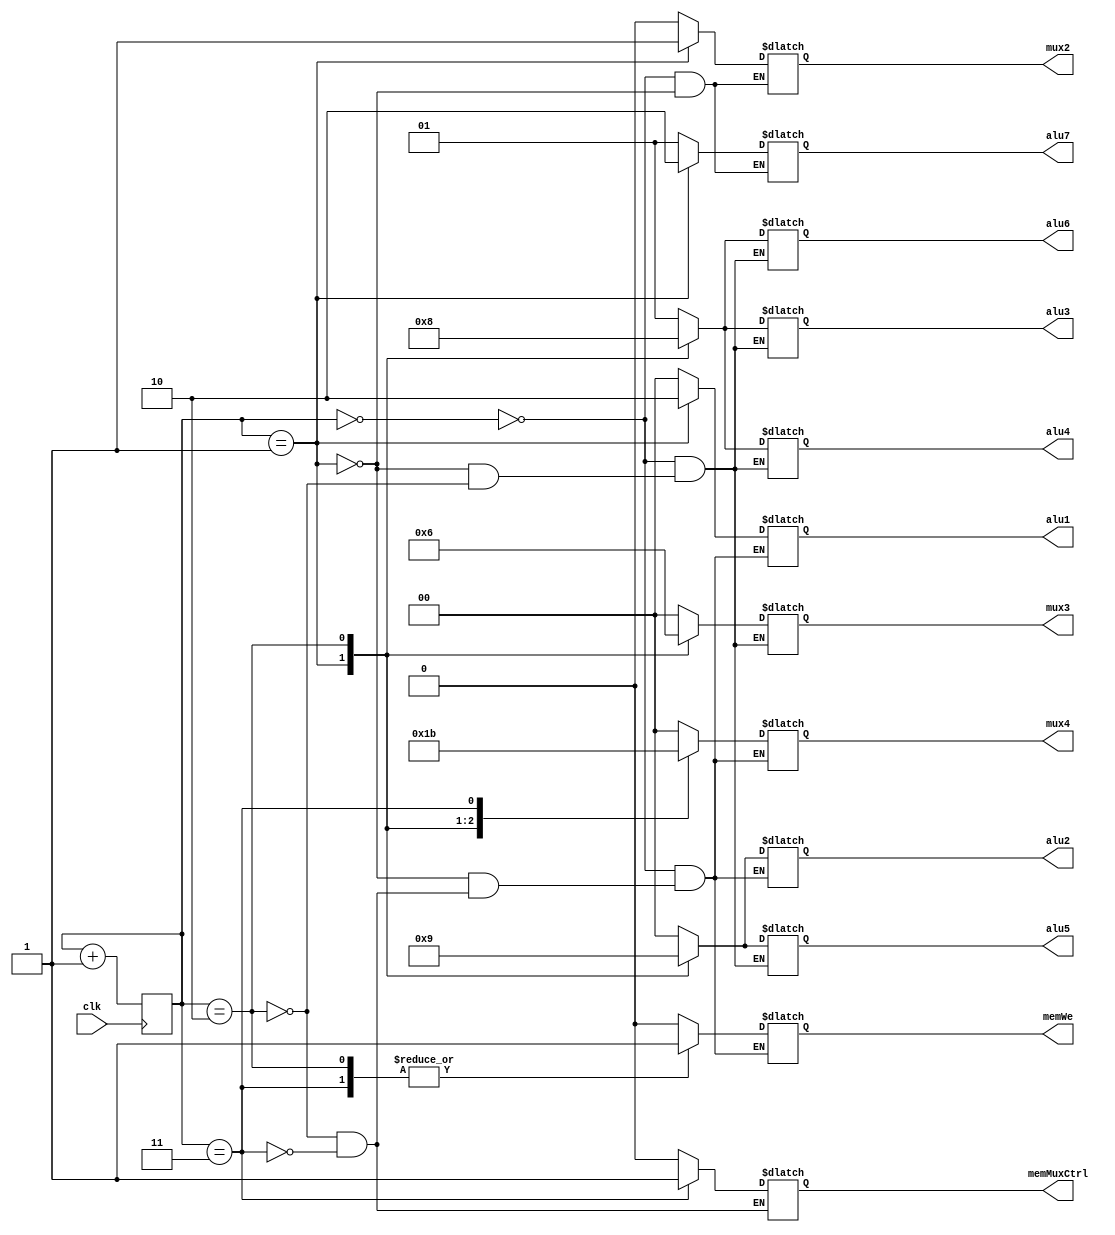
/*
 Module FSM
 Inputs: clock (clk)
 Outputs: Control signals for the multicycle CPU.
 Function: Output the control signals for the multicycle matrix multiplier.
 Comments: Muxes are planned out such that the required selector bit
 is equivalent to the state number.
 */

module fsm
  (
   input            clk,

   output reg [1:0] alu1,
                    alu2,
                    alu3,
                    alu4,
                    alu5,
                    alu6,
                    alu7,


   output reg       mux2,
   output reg [1:0] mux3,
                    mux4,

   output reg       memWe,
   memMuxCtrl
   );
   reg [2:0]        state;

   // Compute the current state
   initial state = 0;
   always @(posedge clk) state <= state + 1;

   always @(*) begin
      case (state)
        0 : begin
           mux2 = 0;
           mux3 = 0;
           mux4 = 0;
           memWe = 0;

           alu1 = 0;
           alu2 = 0;
           alu3 = 1;
           alu4 = 1;
           alu5 = 0;
           alu6 = 1;
           alu7 = 1;
        end

        1 : begin
           mux2 = 1;
           mux3 = 1;
           mux4 = 1;
           memWe = 0;

           alu1 = 2;
           alu2 = 2;
           alu3 = 2;
           alu4 = 2;
           alu5 = 2;
           alu6 = 2;
           alu7 = 2;
        end

        2 : begin
           mux3 = 2;
           mux4 = 2;
           memWe = 1;

           alu1 = 0;
           alu2 = 1;
           alu3 = 0;
           alu4 = 0;
           alu5 = 1;
           alu6 = 0;
           memMuxCtrl = 0;
        end

        3 : begin
           mux4 = 3;
           memWe = 1;

           alu1 = 0;
           alu2 = 0;
           memMuxCtrl = 1;
        end
      endcase
   end
endmodule